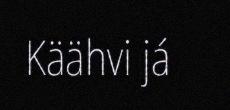
Käähvi já